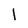
Character: l